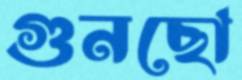
গুনছো